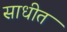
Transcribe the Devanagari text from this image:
साधीत